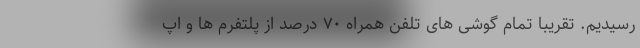
رسیدیم. تقریبا تمام گوشی های تلفن همراه ۷۰ درصد از پلتفرم ها و اپ